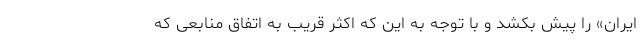
ایران» را پیش بکشد و با توجه به این که اکثر قریب به اتفاق منابعی که